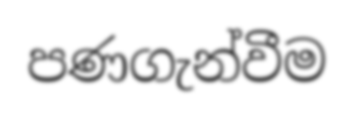
පණගැන්වීම